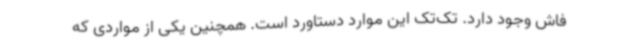
فاش وجود دارد. تک‌تک این موارد دستاورد است. همچنین یکی از مواردی که